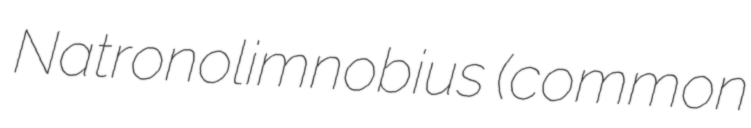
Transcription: Natronolimnobius (common